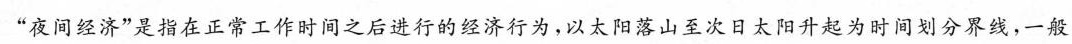
”夜间经济”是指在正常工作时间之后进行的经济行为，以太阳落山至次日太阳升起为时间划分界线，一般